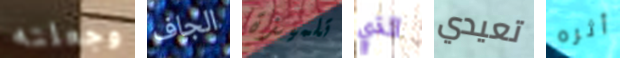
وجعلته الجاف تلميذة الذي تعيدي أثره